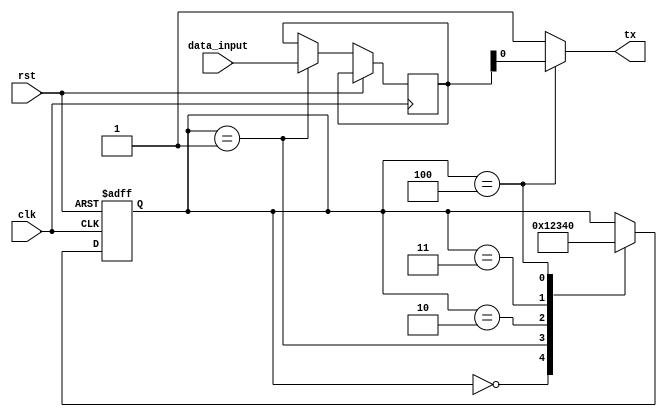
module uart_transmitter (
    input wire clk,
    input wire rst,
    input wire [7:0] data_input,
    output reg tx
);

reg [3:0] state;
reg [7:0] buffer;

parameter IDLE = 4'b0000;
parameter DATA_INPUT = 4'b0001;
parameter ENCODING = 4'b0010;
parameter BAUD_RATE_GENERATOR = 4'b0011;
parameter SHIFT_REGISTER = 4'b0100;

always @(posedge clk or posedge rst) begin
    if (rst) begin
        state <= IDLE;
    end else begin
        case (state)
            IDLE: begin
                state <= DATA_INPUT;
            end
            DATA_INPUT: begin
                buffer <= data_input;
                state <= ENCODING;
            end
            ENCODING: begin
                // Encoding logic here
                state <= BAUD_RATE_GENERATOR;
            end
            BAUD_RATE_GENERATOR: begin
                // Baud rate generation logic here
                state <= SHIFT_REGISTER;
            end
            SHIFT_REGISTER: begin
                // Shift register logic here
                state <= IDLE;
            end
        endcase
    end
end

// Output logic
assign tx = (state == SHIFT_REGISTER) ? buffer[0] : 1'b1;

endmodule